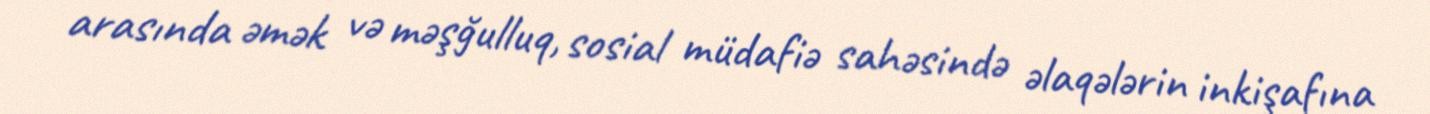
arasında əmək və məşğulluq, sosial müdafiə sahəsində əlaqələrin inkişafına